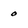
Character: o